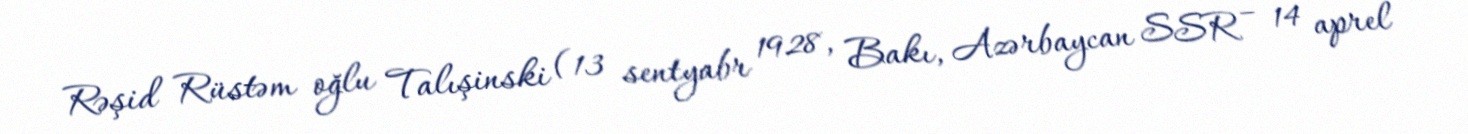
Rəşid Rüstəm oğlu Talışinski (13 sentyabr 1928, Bakı, Azərbaycan SSR – 14 aprel